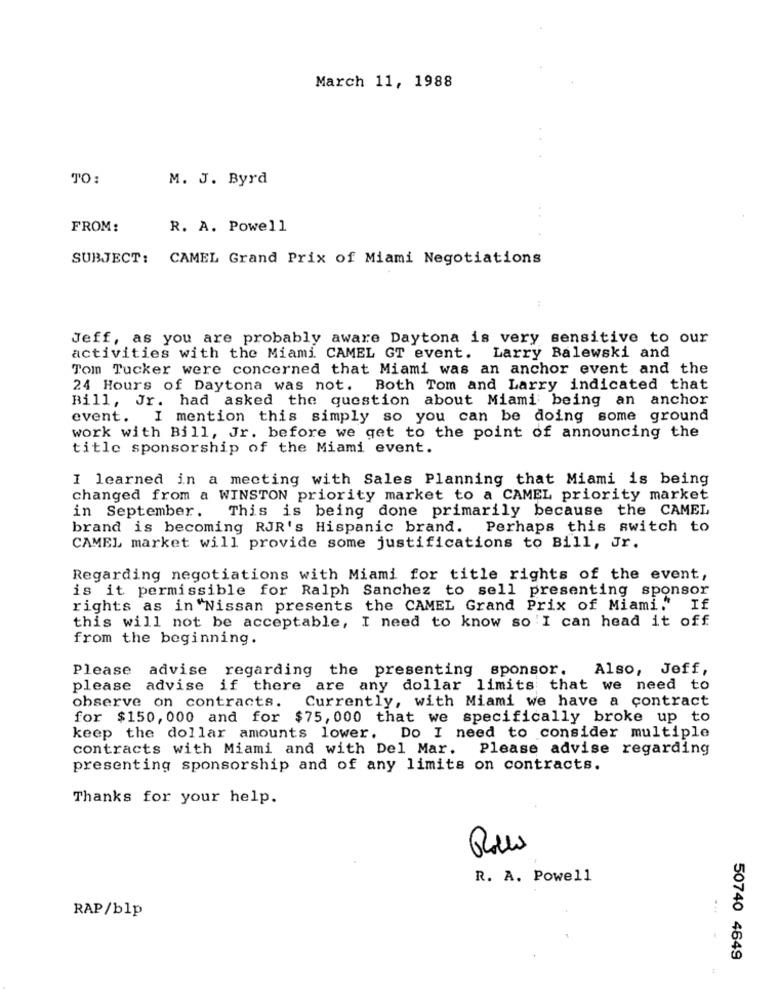
March 11, 1988
TO:
M. J. Byrd
FROM:
R. A. Powell
SUBJECT: CAMEL Grand Prix of Miami Negotiations
Jeff, as you are probably aware Daytona is very sensitive to our
activities with the Miami CAMEL GT event. Larry Balewski and
Tom Tucker were concerned that Miami was an anchor event and the
24 Hours of Daytona was not. Both Tom and Larry indicated that
Bill, Jr. had asked the question about Miami being an anchor
event. I mention this simply so you can be doing some ground
work with Bill, Jr. before we get to the point of announcing the
title sponsorship of the Miami event.
I learned in a meeting with Sales Planning that Miami is being
changed from a WINSTON priority market to a CAMEL priority market
in September.
This is being done primarily because the CAMEL
brand is becoming RJR's Hispanic brand. Perhaps this switch to
CAMEL market will provide some justifications to Bill, Jr.
Regarding negotiations with Miami for title rights of the event,
is it permissible for Ralph Sanchez to sell presenting sponsor
rights as in "Nissan presents the CAMEL Grand Prix of Miami" If
this will not be acceptable, I need to know so 'I can head it off
from the beginning.
Please
advise regarding the presenting sponsor.
Also, Jeff,
please advise if there are any dollar limits that we need to
Currently, with Miami we have a contract
observe on contracts.
for $150, 000 and for $75, 000 that we specifically broke up to
keep the dollar amounts lower.
Do I need to consider multiple
contracts with Miami and with Del Mar.
Please advise regarding
presenting sponsorship and of any limits on contracts.
Thanks for your help.
R. A. Powell
RAP/blp
...
50740 4649